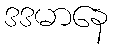
ဒဒမာနေ